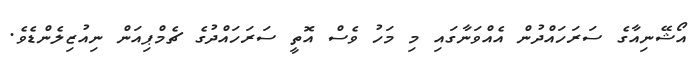
އޯޝޭނިއާގެ ސަރަހައްދުން އެއްވަނާގައި މި މަހު ވެސް އޮތީ ސަރަހައްދުގެ ޗެމްޕިއަން ނިއުޒިލެންޑެވެ.